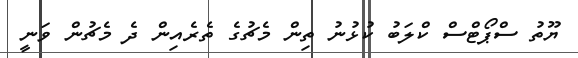
ޔޫތު ސްޕޯޓްސް ކްލަބު ކުޅުނު ތިން މެޗުގެ ތެރެއިން ދެ މެޗުން ވަނީ